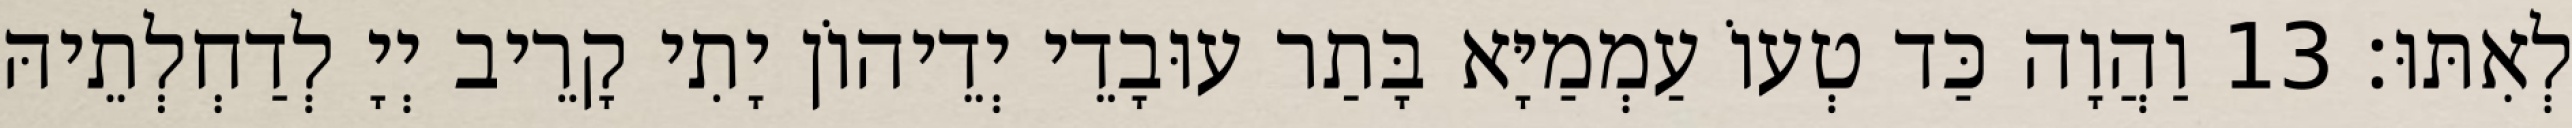
לְאִתּוּ׃ 13 וַהֲוָה כַּד טְעוֹ עַמְמַיָּא בָּתַר עוּבָדֵי יְדֵיהוֹן יָתִי קָרֵיב יְיָ לְדַחְלְתֵיהּ